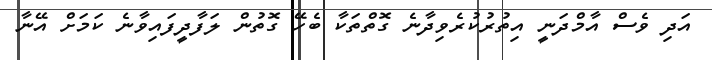
އަދި ވެސް އާމްދަނީ އިތުރުކުރެވިދާނެ ގޮތްތަކާ ބެހޭ ގޮތުން ލަފާދީފައިވާނެ ކަމަށް އޭނާ